Vaccination report Assam 1896-1927 - 1896-1927
Year: 1896
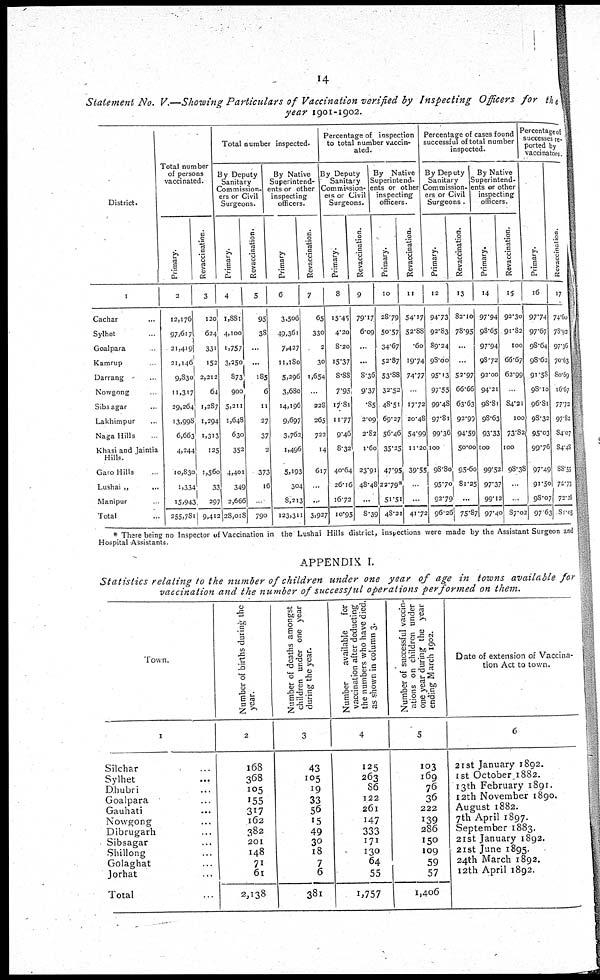
14
Statement No. V.—Showing Particulars of Vaccination verified by Inspecting Officers for the
year 1901-1902.
District.
1
Cachar ...
Sythet ...
Goalpara ...
Kamrup ...
Darrang ...
Nowgong ...
Sibsagar ...
Lakhimpur ...
Naga Hills ...
Khasi and Jaintia
Hills.
Garo Hills ...
Lushar „
...
Manipur „ ...
Total ...
Total number
of persons
vaccinated.
Primary.
2
12,176
97,617
21,419
21,146
9,830
11,317
29,264
13,998
6,663
4,244
10,830
1,334
15,943
255,781
Revaccination.
3
120
624
331
152
2,212
64
1,287
1,294
1,313
125
1,560
33
297
9,412
Total number inspected.
By Deputy
Sanitary
Commission-
ers or Civil
Surgeons.
Primary.
4
1,881
4,100
1,757
3,250
873
900
5,311
1,648
630
352
4,401
349
2,666
28,018
Revaccination.
5
95
38
...
...
185
6
11
27
37
2
373
16
...
790
By Native
Superintend-
ents or other
inspecting
officers.
Primary
6
3,506
49,361
7,427
11,180
5,296
3,680
14,196
9,697
3,762
1,496
5,193
304
8,213
123,311
Revaccination.
7
65
330
2
30
1,654
...
228
265
722
14
617
...
...
3,927
Percentage of inspection
to total number vaccin-
ated.
By Deputy
Sanitary
Commission-
ers or Civil
Surgeons.
Primary.
8
15.45
4.20
8.20
15.37
8.88
7.95
17.81
11.77
9.46
8.32
40.64
26.16
16.72
10.95
Revaccination.
9
79.17
6.09
...
...
8.36
9.37
.85
2.09
2.82
1.60
23.91
48.48
...
8.39
By Native
Superintend-
ents or other
inspecting
officers.
Primary.
10
28.79
50.57
34.67
52.87
53.88
32.52
48.51
69.27
56.46
35.25
47.95
22.79*
51.51
48.21
Revaccination.
11
54.17
52.88
.60
19.74
74.77
...
17.72
20.48
54.99
11.20
39.55
...
...
41.72
Percentage of cases found
successful of total number
inspected.
By Deputy
Sanitary
Commission-
ers or Civil
Surgeons.
Primary.
12
94.73
92.83
89.24
98.00
95.13
97.55
99.48
97.81
99.36
100
98.80
95.70
93.79
96.26
Revaccination.
13
82.10
78.95
...
...
52.97
66.66
63.63
93.99
94.59
50.00
95.60
81.25
...
75.87
By Native
Superintend-
ents or other
inspecting
officers.
Primary.
14
97.94
98.65
97.94
98.72
92.00
94.21
98.81
98.63
93.33
100
99.52
97.37
99.12
97.40
Revaccination.
15
92.30
91.82
100
66.67
62.99
...
84.21
100
73.82
100
98.38
...
...
87.02
Percentage of
successes re-
ported by
vaccinators.
Primary.
16
97.74
97.67
98.64
98.62
91.58
98.10
96.81
98.32
95.03
99.76
97.49
91.50
98.07
97.63
Revaccination.
17
74.60
78.92
97.36
70.63
80.69
16.67
77.72
97.82
84.07
84.48
88.55
70.73
72.26
81.05
* There being no Inspector of Vaccination in the Lushai Hills district, inspections were made by the Assistant Surgeon and
Hospital Assistants.
APPENDIX I.
Statistics relating to the number of children under one year of age in towns available for
vaccination and the number of successful operations performed on them.
Town.
1
Silchar ...
Sylhet ...
Dhubri ...
Goalpara ...
Gauhati ...
Nowgong ...
Dibrugarh ...
Sibsagar ...
Shillong ...
Golaghat ...
Jorhat ...
Total ...
Number of births during the
year.
2
168
368
105
155
317
162
382
201
148
71
61
2,138
Number of deaths amongst
children under one year
during the year.
3
43
105
19
33
56
15
49
30
18
7
6
381
Number
available
for
vaccination after deducting
the numbers who have died,
as shown in column 3.
4
125
263
86
122
261
147
333
171
130
64
55
1,757
Number of successful vaccin-
ations on children under
one year during the year
ending March 1902.
5
103
169
76
36
222
139
286
150
109
59
57
1,406
Date of extension of Vaccina-
tion Act to town.
6
21st January 1892.
1st October.1882.
13 th February 1891.
12th November 1890.
August 1882.
7th April 1897.
September 1883.
21st January 1892.
21st June 1895.
24th March 1892.
12th April 1892.